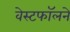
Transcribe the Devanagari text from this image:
वेस्टफॉलने